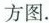
方图。